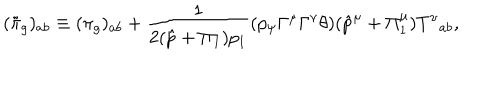
( \tilde { \pi } _ { g } ) _ { a b } \equiv ( \pi _ { g } ) _ { a b } + \frac 1 { 2 ( \hat { p } + \Pi _ { 1 } ) p _ { 1 } } ( p _ { \psi } \Gamma ^ { \mu } \Gamma ^ { \nu } \theta ) ( \hat { p } ^ { \mu } + \Pi _ { 1 } ^ { \mu } ) { T ^ { \nu } } _ { a b } ,